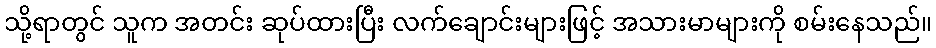
သို့ရာတွင် သူက အတင်း ဆုပ်ထားပြီး လက်ချောင်းများဖြင့် အသားမာများကို စမ်းနေသည်။